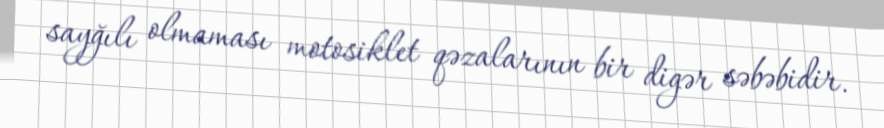
sayğılı olmaması motosiklet qəzalarının bir digər səbəbidir.